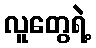
လူတွေရဲ့